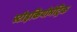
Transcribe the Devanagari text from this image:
स्टोइकियोमेट्रिक